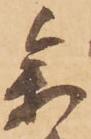
参